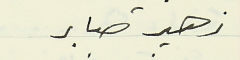
زهير صابر